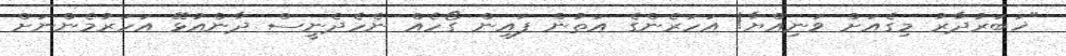
"ޚަބަރުދާރު މިގެއަށް ވަނިއްޔާ! އަހަރެންގެ އަތުން ފައިން ގޯހެއް ނެހެދެނީސް ދާންއުޅޭ އަހަރުމެންނަށް